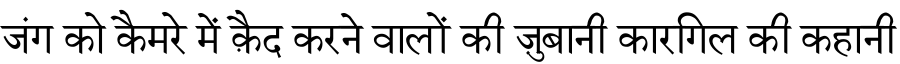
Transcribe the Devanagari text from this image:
जंग को कैमरे में क़ैद करने वालों की ज़ुबानी कारगिल की कहानी